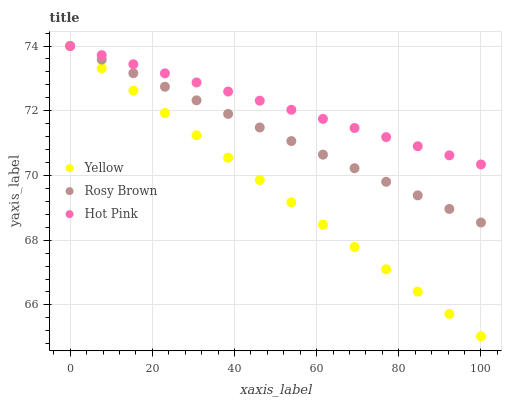
| xaxis_label | Yellow | Rosy Brown | Hot Pink |
 | --- | --- | --- | --- |
 | 0 | 74 | 74 | 74 |
 | 7.69 | 73.3 | 73.6 | 73.7 |
 | 15.4 | 72.6 | 73.2 | 73.4 |
 | 23.1 | 71.9 | 72.7 | 73.2 |
 | 30.8 | 71.2 | 72.3 | 72.9 |
 | 38.5 | 70.6 | 71.9 | 72.6 |
 | 46.2 | 69.9 | 71.5 | 72.3 |
 | 53.8 | 69.2 | 71.1 | 72 |
 | 61.5 | 68.5 | 70.6 | 71.7 |
 | 69.2 | 67.8 | 70.2 | 71.5 |
 | 76.9 | 67.1 | 69.8 | 71.2 |
 | 84.6 | 66.4 | 69.4 | 70.9 |
 | 92.3 | 65.7 | 69 | 70.6 |
 | 100 | 65 | 68.5 | 70.3 |